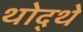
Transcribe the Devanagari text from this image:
थोद्थे